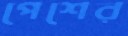
পেশের